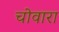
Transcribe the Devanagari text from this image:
चोवारा